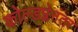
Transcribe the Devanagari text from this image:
कोल्डप्लेनंतर